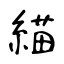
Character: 緢